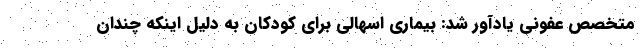
متخصص عفونی یادآور شد: بیماری اسهالی برای کودکان به دلیل اینکه چندان